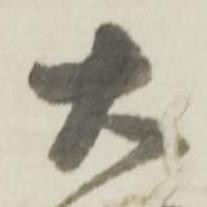
大